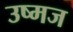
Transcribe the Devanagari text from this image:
उष्मज